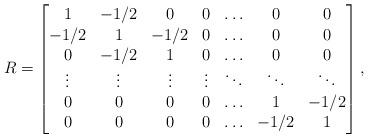
LaTeX: \begin{align*}R = \begin{bmatrix}1 & -1/2 & 0 & 0 & \ldots & 0 & 0\\-1/2 & 1 & -1/2 & 0 & \ldots & 0 & 0\\0 & -1/2 & 1 & 0 & \ldots & 0 & 0\\\vdots & \vdots & \vdots & \vdots & \ddots & \ddots & \ddots\\0 & 0 & 0 & 0 & \ldots & 1 & -1/2\\0 & 0 & 0 & 0 & \ldots & -1/2 & 1\end{bmatrix},\end{align*}